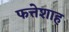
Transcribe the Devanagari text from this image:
फत्तेशाह